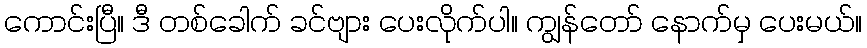
ကောင်းပြီ။ ဒီ တစ်ခေါက် ခင်ဗျား ပေးလိုက်ပါ။ ကျွန်တော် နောက်မှ ပေးမယ်။